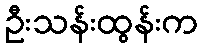
ဦးသန်းထွန်းက